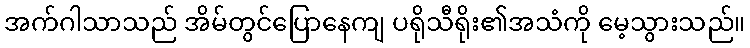
အက်ဂါသာသည် အိမ်တွင်ပြောနေကျ ပရိုသီရိုး၏အသံကို မေ့သွားသည်။